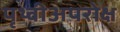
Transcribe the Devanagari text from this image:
पृथ्वीअपरोक्ष